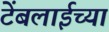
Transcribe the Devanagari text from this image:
टेंबलाईच्या